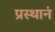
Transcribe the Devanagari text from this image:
प्रस्थानं